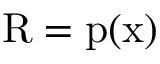
{ \mathrm { R } } = { \mathrm { p ( x ) } }